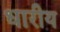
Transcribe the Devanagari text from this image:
धारीय